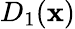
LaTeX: D_{1}(\mathbf{x})